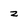
Character: z